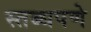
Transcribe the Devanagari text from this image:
स्तब्धपणे